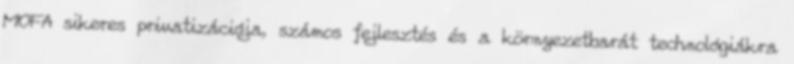
MOFA sikeres privatizációja, számos fejlesztés és a környezetbarát technológiákra